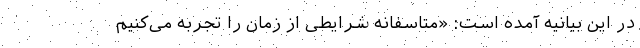
در این بیانیه آمده است: «متاسفانه شرایطی از زمان را تجربه می‌کنیم